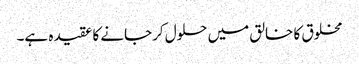
مخلوق کا خالق میں حلول کرجانے کا عقیدہ ہے۔